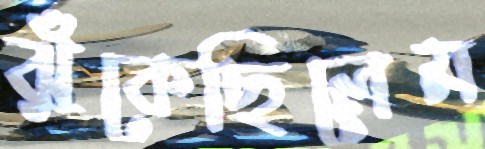
ঝুঁকেছিলেম